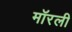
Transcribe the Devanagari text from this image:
मॉरली